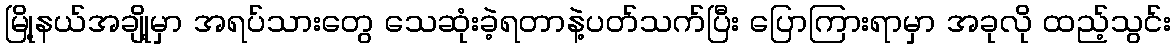
မြို့နယ်အချို့မှာ အရပ်သားတွေ သေဆုံးခဲ့ရတာနဲ့ပတ်သက်ပြီး ပြောကြားရာမှာ အခုလို ထည့်သွင်း